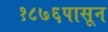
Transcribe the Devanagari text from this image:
१८७६पासून